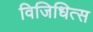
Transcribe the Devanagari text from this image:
विजिधित्स